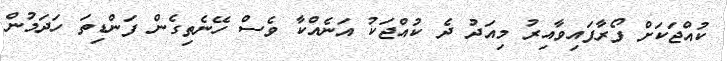
ކުއްޖަކަށް ފޯރާފައިވާއިރު މިއަދު ދެ ކުއްޖަކު އަނެއްކާ ވެސް ހޭނެތިގެން ފަންޑިތަ ހަދަމުން